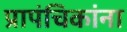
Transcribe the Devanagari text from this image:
प्रापंचिकांना